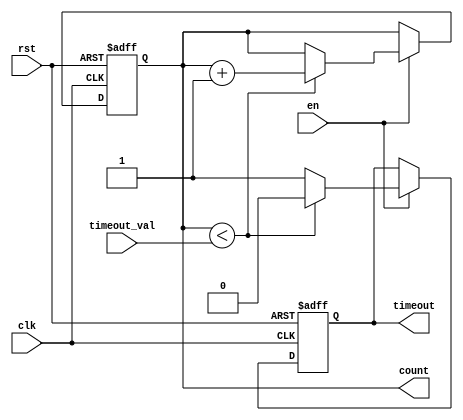
module timeout_counter (
    input wire clk,                // Clock signal
    input wire rst,                // Asynchronous reset signal
    input wire en,                 // Enable signal
    input wire [15:0] timeout_val, // Configurable time-out value
    output reg timeout,            // Time-out signal
    output reg [15:0] count        // Current counter value
);

    // Always block for synchronous counter operation
    always @(posedge clk or posedge rst) begin
        if (rst) begin
            count <= 16'b0;         // Reset counter to zero
            timeout <= 1'b0;        // Deassert time-out signal
        end else if (en) begin
            if (count < timeout_val) begin
                count <= count + 1; // Increment counter
                timeout <= 1'b0;     // Deassert time-out signal
            end else begin
                timeout <= 1'b1;     // Assert time-out signal
            end
        end
    end

endmodule